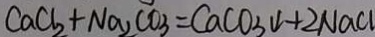
C a C l _ { 2 } + N a _ { 2 } C O _ { 3 } = C a C O _ { 3 } \downarrow + 2 N a C l